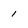
Character: 1